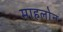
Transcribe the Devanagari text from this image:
माहलोन